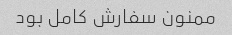
ممنون سفارش کامل بود